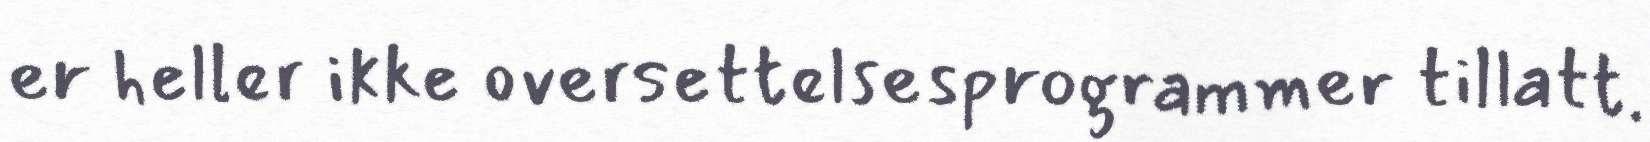
er heller ikke oversettelsesprogrammer tillatt.